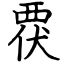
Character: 覄